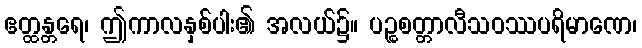
ဧတ္ထန္တရေ၊ ဤကာလနှစ်ပါး၏ အလယ်၌။ ပဉ္စစတ္တာလီသဝဿပရိမာဏေ၊